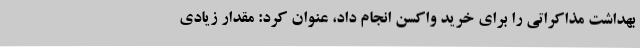
بهداشت مذاکراتی را برای خرید واکسن انجام داد، عنوان کرد: مقدار زیادی